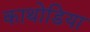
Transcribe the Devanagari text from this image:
काथोडिया